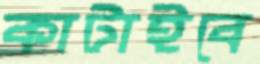
কাটাইবে